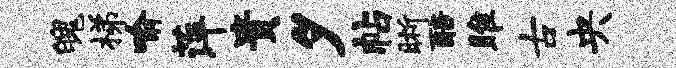
魄梯喻萍贵夕帖晰醅雎古央